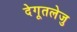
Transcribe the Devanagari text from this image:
देगूतलेजु